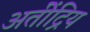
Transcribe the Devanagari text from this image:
अतीेंद्रिय